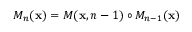
M _ { n } ( { \bf x } ) = M ( { \bf x } , n - 1 ) \circ M _ { n - 1 } ( { \bf x } )